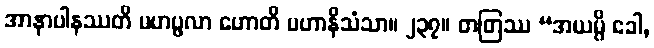
အာနာပါနဿတိ မဟပ္ဖလာ ဟောတိ မဟာနိသံသာ။ ၂၃၇။ တတြဿ “အယမ္ပိ ခေါ,